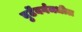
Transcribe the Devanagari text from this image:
वुर्टेंबर्गमधील